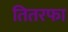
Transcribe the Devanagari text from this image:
तितरफा